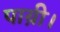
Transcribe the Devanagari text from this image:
पाय़ी।